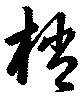
梢